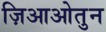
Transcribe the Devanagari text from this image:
ज़िआओतुन